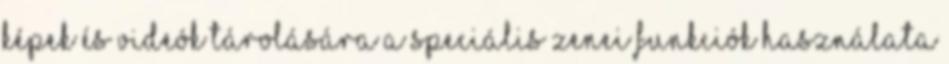
képek és videók tárolására A speciális zenei funkciók használata